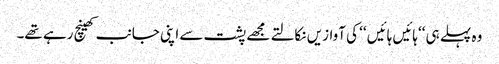
وہ پہلے ہی ‘‘ہائیں ہائیں ‘‘ کی آوازیں نکالتے مجھے پشت سے اپنی جانب کھینچ رہے تھے۔